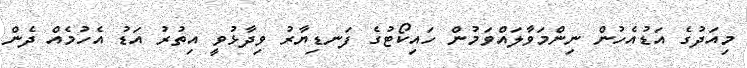
މިއަދުގެ އަޑުއެހުން ނިންމަވާލައްވަމުން ހައިކޯޓުގެ ފަނޑިޔާރު ވިދާޅުވީ އިތުރު އަޑު އެހުމެއް ދެން